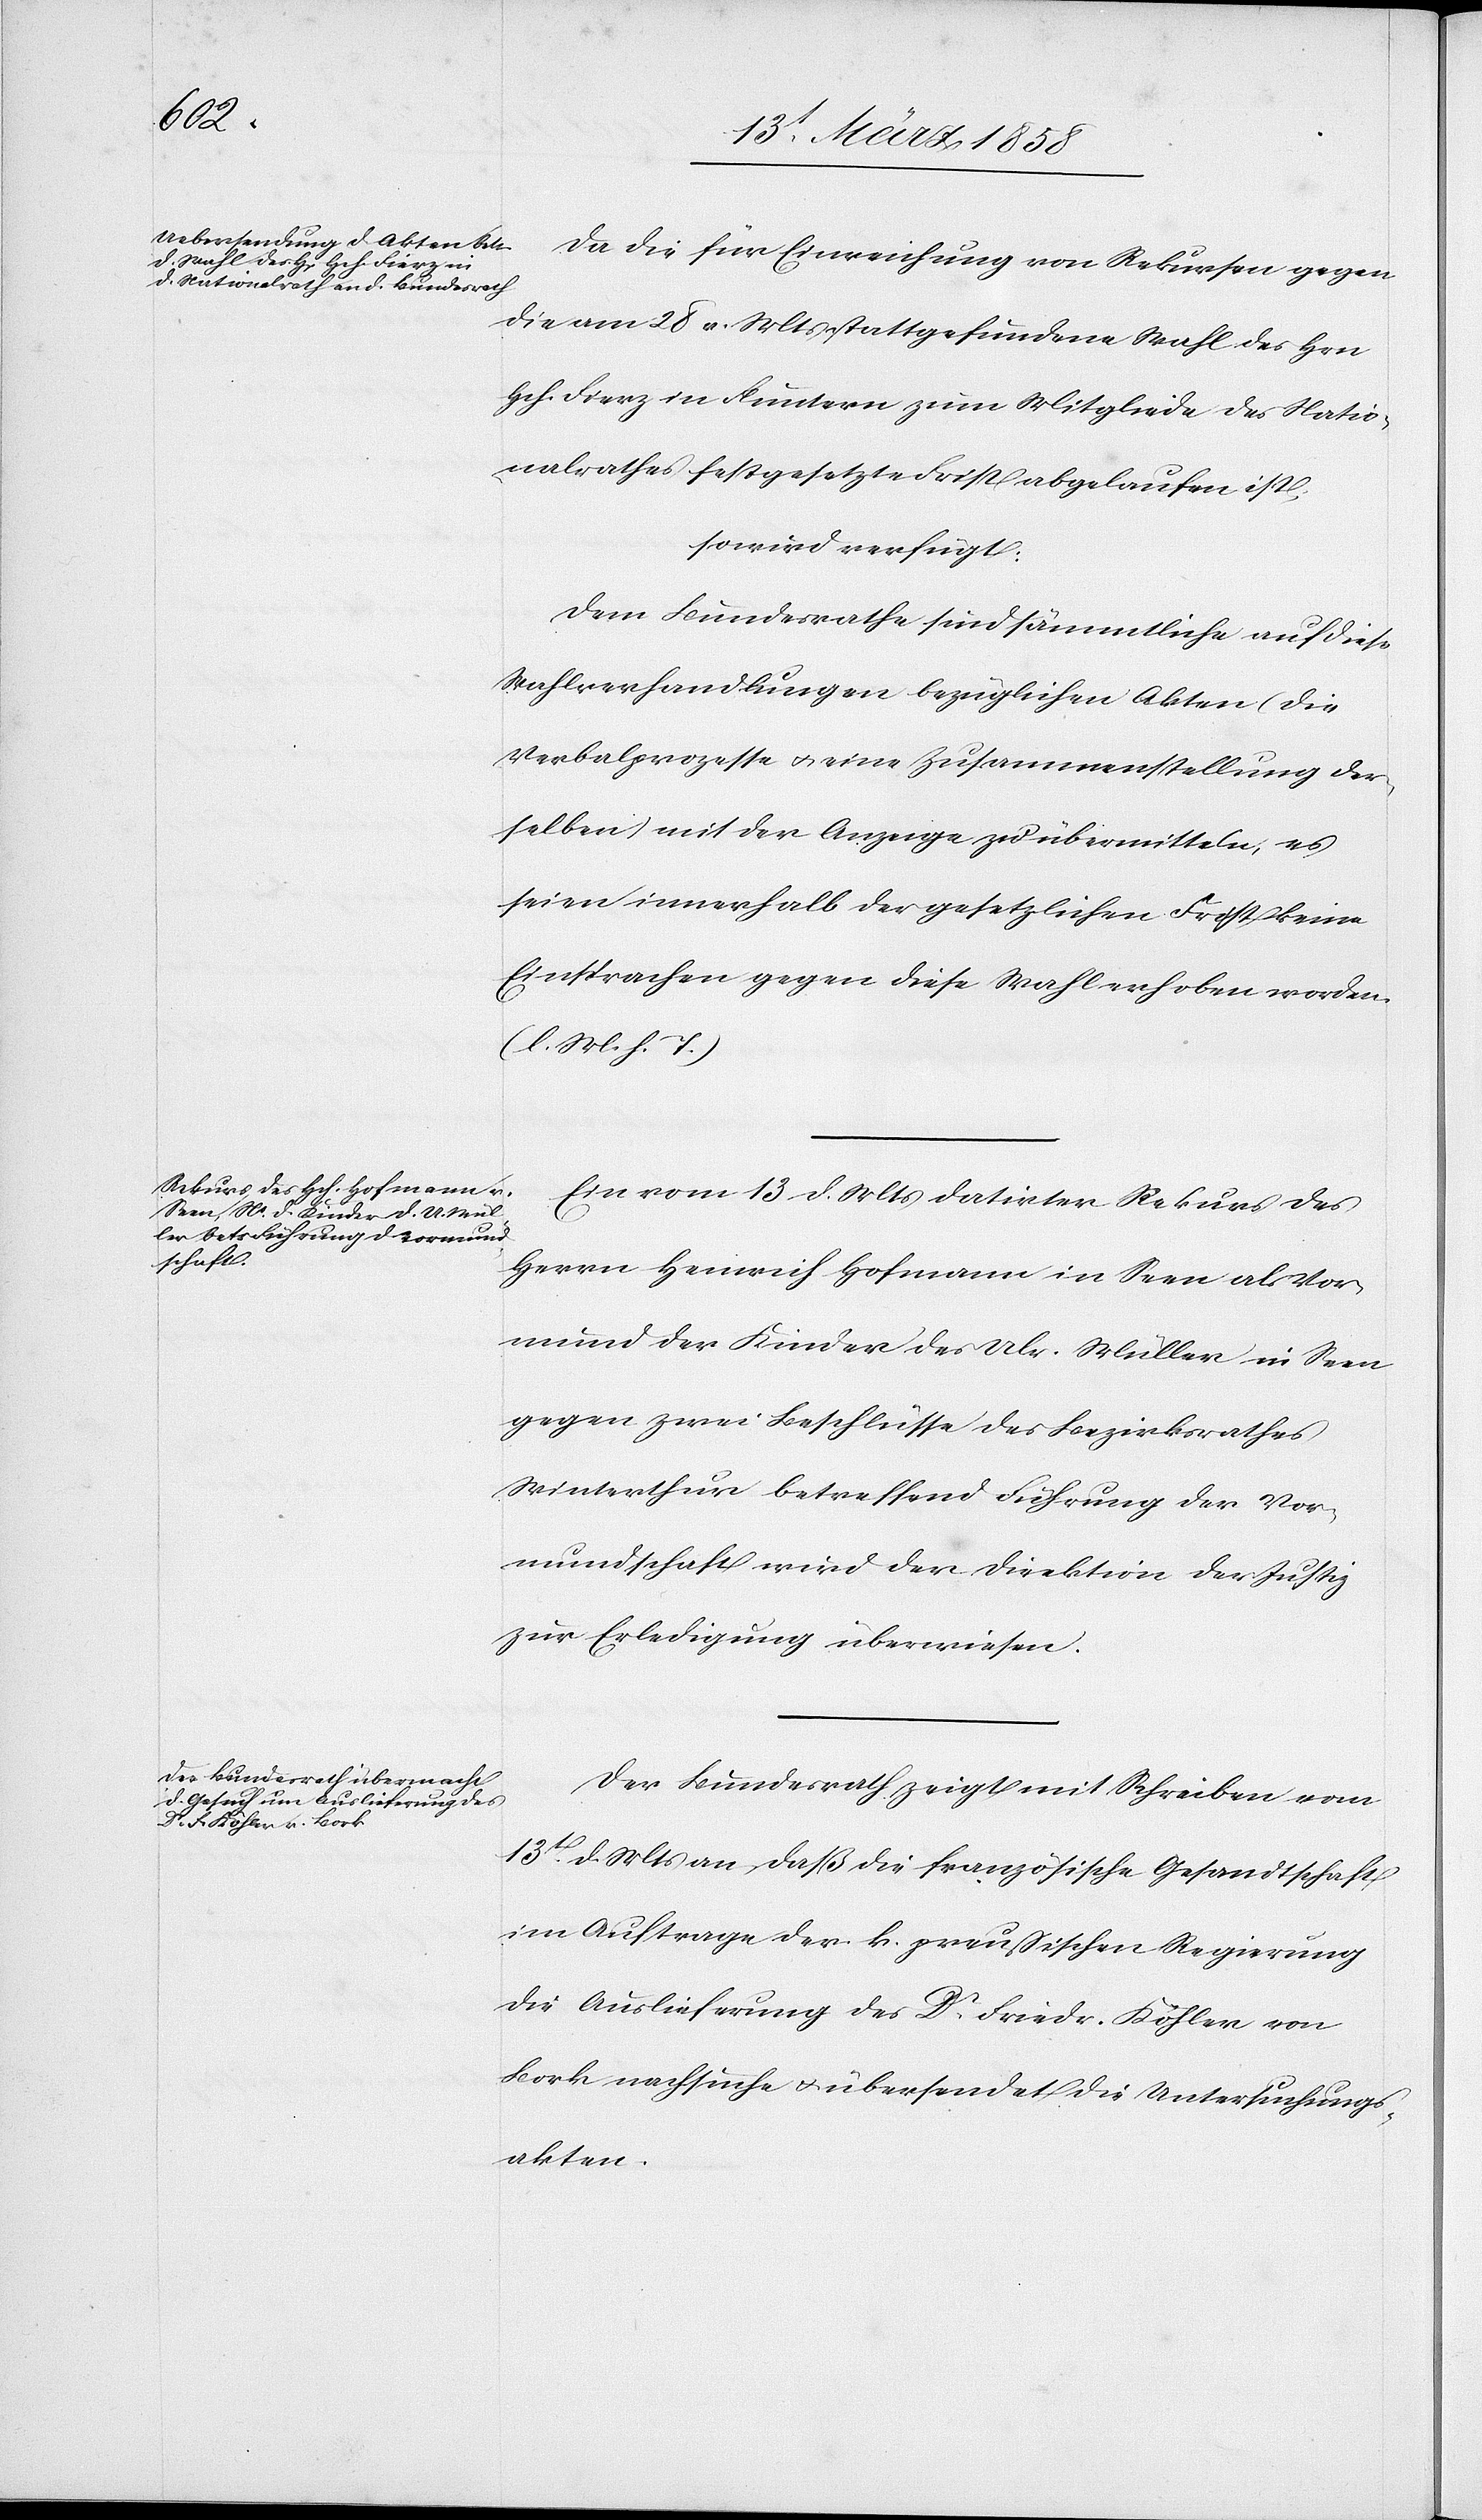
16t März 1858.]
Da die für Einreichung von Rekursen gegen
die am 28. v. Mts. stattgefundene Wahl des Hrn.
Hch. Fierz von Fluntern zum Mitgliede des Natio¬
nalrathes festgesetzte Frist abgelaufen ist,
so wird verfügt:
Dem Bundesrathe sind sämmtliche auf diese
Wahlverhandlungen bezüglichen Akten (die
Verbalprozesse u. eine Zusammenstellung der¬
selben) mit der Anzeige zu übermitteln, es
seien innerhalb der gesetzlichen Frist keine
Einsprachen gegen diese Wahl erhoben worden.
(l. M. h. T.)
Ein vom 13. d. Mts. datirter Rekurs des
Herrn Heinrich Hofmann in Seen als Vor¬
mund der Kinder des Ulr. Müller in Seen
gegen zwei Beschlüsse des Bezirksrathes
Winterthur betreffend Führung der Vor¬
mundschaft wird der Direktion der Justiz
zur Erledigung überwiesen.
Der Bundesrath zeigt mit Schreiben vom
13t d. Mts. an, daß die französische Gesandtschaft
im Auftrage der k. preußischen Regierung
die Auslieferung des Dr Friedr. Köhler von
Bork nachsuche u. übersendet die Untersuchungs¬
akten.